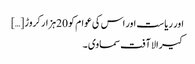
اور ریاست اور اس کی عوام کو 20ہزار کروڑ […]
کیرالا آفت سماوی ۔